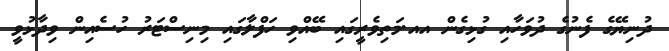
ދުނިޔޭގެ ފެނުގެ ދުވަހާއި ގުޅިގެން އއ.މަތިވެރީގައި ބޭއްވި ހަފްލާގައި މިނިސްޓަރު ހުސެއިން ވިދާޅުވީ